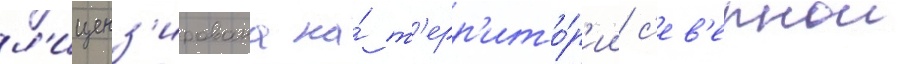
л'иценз'ирована на́ т'ерр'ито́р'ии с'ев'ернои